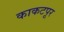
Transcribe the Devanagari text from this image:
काकटपूर